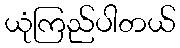
ယုံကြည်ပါတယ်